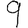
Digit: 9